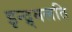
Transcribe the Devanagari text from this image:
इन्द्र्मलति